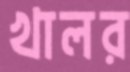
খালর